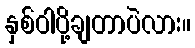
နှစ်ဝါပို့ချတာပဲလား။